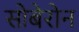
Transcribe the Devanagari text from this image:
सोबेरोन